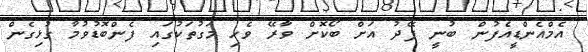
އެމްއެންޑީއެފުން ބުނީ ފޭދު އަށް ބޯކޮށް ވާރޭ ވެހި މަގުތަކުގައި ފެންބޮޑުވުމާ ގުޅިގެން